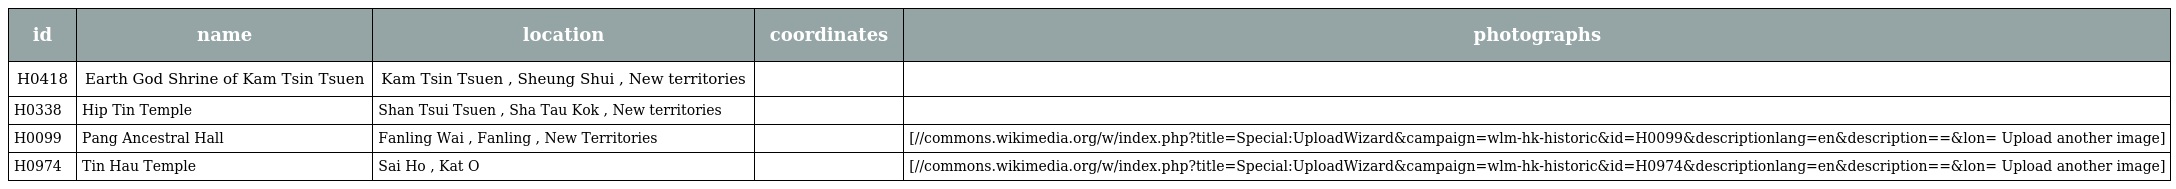
| id | name | location | coordinates | photographs |
 | --- | --- | --- | --- | --- |
 | H0418 | Earth God Shrine of Kam Tsin Tsuen | Kam Tsin Tsuen , Sheung Shui , New territories |  |  |
 | H0338 | Hip Tin Temple | Shan Tsui Tsuen , Sha Tau Kok , New territories |  |  |
 | H0099 | Pang Ancestral Hall | Fanling Wai , Fanling , New Territories |  | [//commons.wikimedia.org/w/index.php?title=Special:UploadWizard&campaign=wlm-hk-historic&id=H0099&descriptionlang=en&description=⪫=&lon= Upload another image] |
 | H0974 | Tin Hau Temple | Sai Ho , Kat O |  | [//commons.wikimedia.org/w/index.php?title=Special:UploadWizard&campaign=wlm-hk-historic&id=H0974&descriptionlang=en&description=⪫=&lon= Upload another image] |